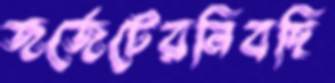
জর্জেটেরনিবছি